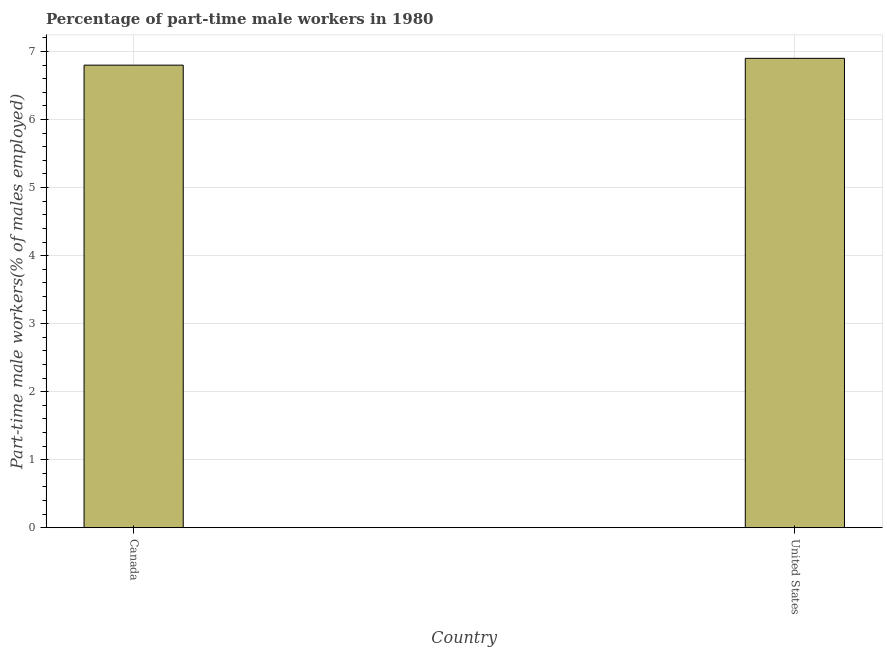
| Country | Part time employment |
 | --- | --- |
 | Canada | 6.8 |
 | United States | 6.9 |